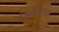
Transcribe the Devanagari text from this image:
मूर्च्छितावस्था